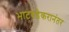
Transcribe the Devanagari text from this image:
भाटवडेकरानंतर